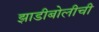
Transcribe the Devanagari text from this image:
झाडीबोलीची